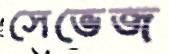
সেভেজ